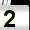
Digit: 2